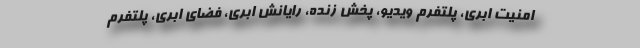
امنیت ابری، پلتفرم ویدیو، پخش زنده، رایانش ابری، فضای ابری، پلتفرم